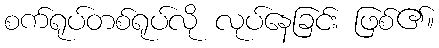
စက်ရုပ်တစ်ရုပ်လို လုပ်နေခြင်း ဖြစ်၏။